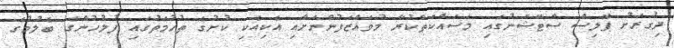
ދިގުރަށު ޕޮލިސް ސްޓޭޝަނުގައި މަސައްކަތްކުރާ މުވައްޒަފުންނަށާއި އެކިއެކި ކުށުގެ ތުހުމަތުގައި ފުލުހުުންގެ ބެލުމުގެ